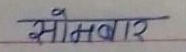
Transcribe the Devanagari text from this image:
मौमवार